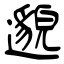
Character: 邈